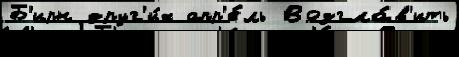
Б'ирн друг'и́х апр'е́ль Возгла́в'ить